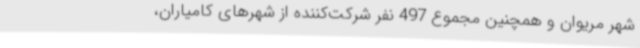
شهر مریوان و همچنین مجموع 497 نفر شرکت‌کننده از شهرهای کامیاران،